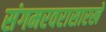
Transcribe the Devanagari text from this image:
संगमरवरासारखे